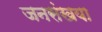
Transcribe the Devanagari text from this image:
जनसंखया